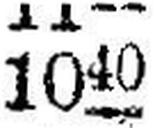
1040